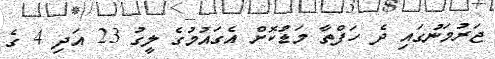
ޖަރުމަނުގައި ދެ ހަފްތާ މަޑުކޮށް އެގައުމުގެ ލީގު 23 އަދި 4 ގެ